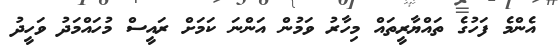
އެންމެ ފަހުގެ ތައްޔާރީތައް މިހާރު ވަމުން އަންނަ ކަމަށް ރައީސް މުހައްމަދު ވަހީދު